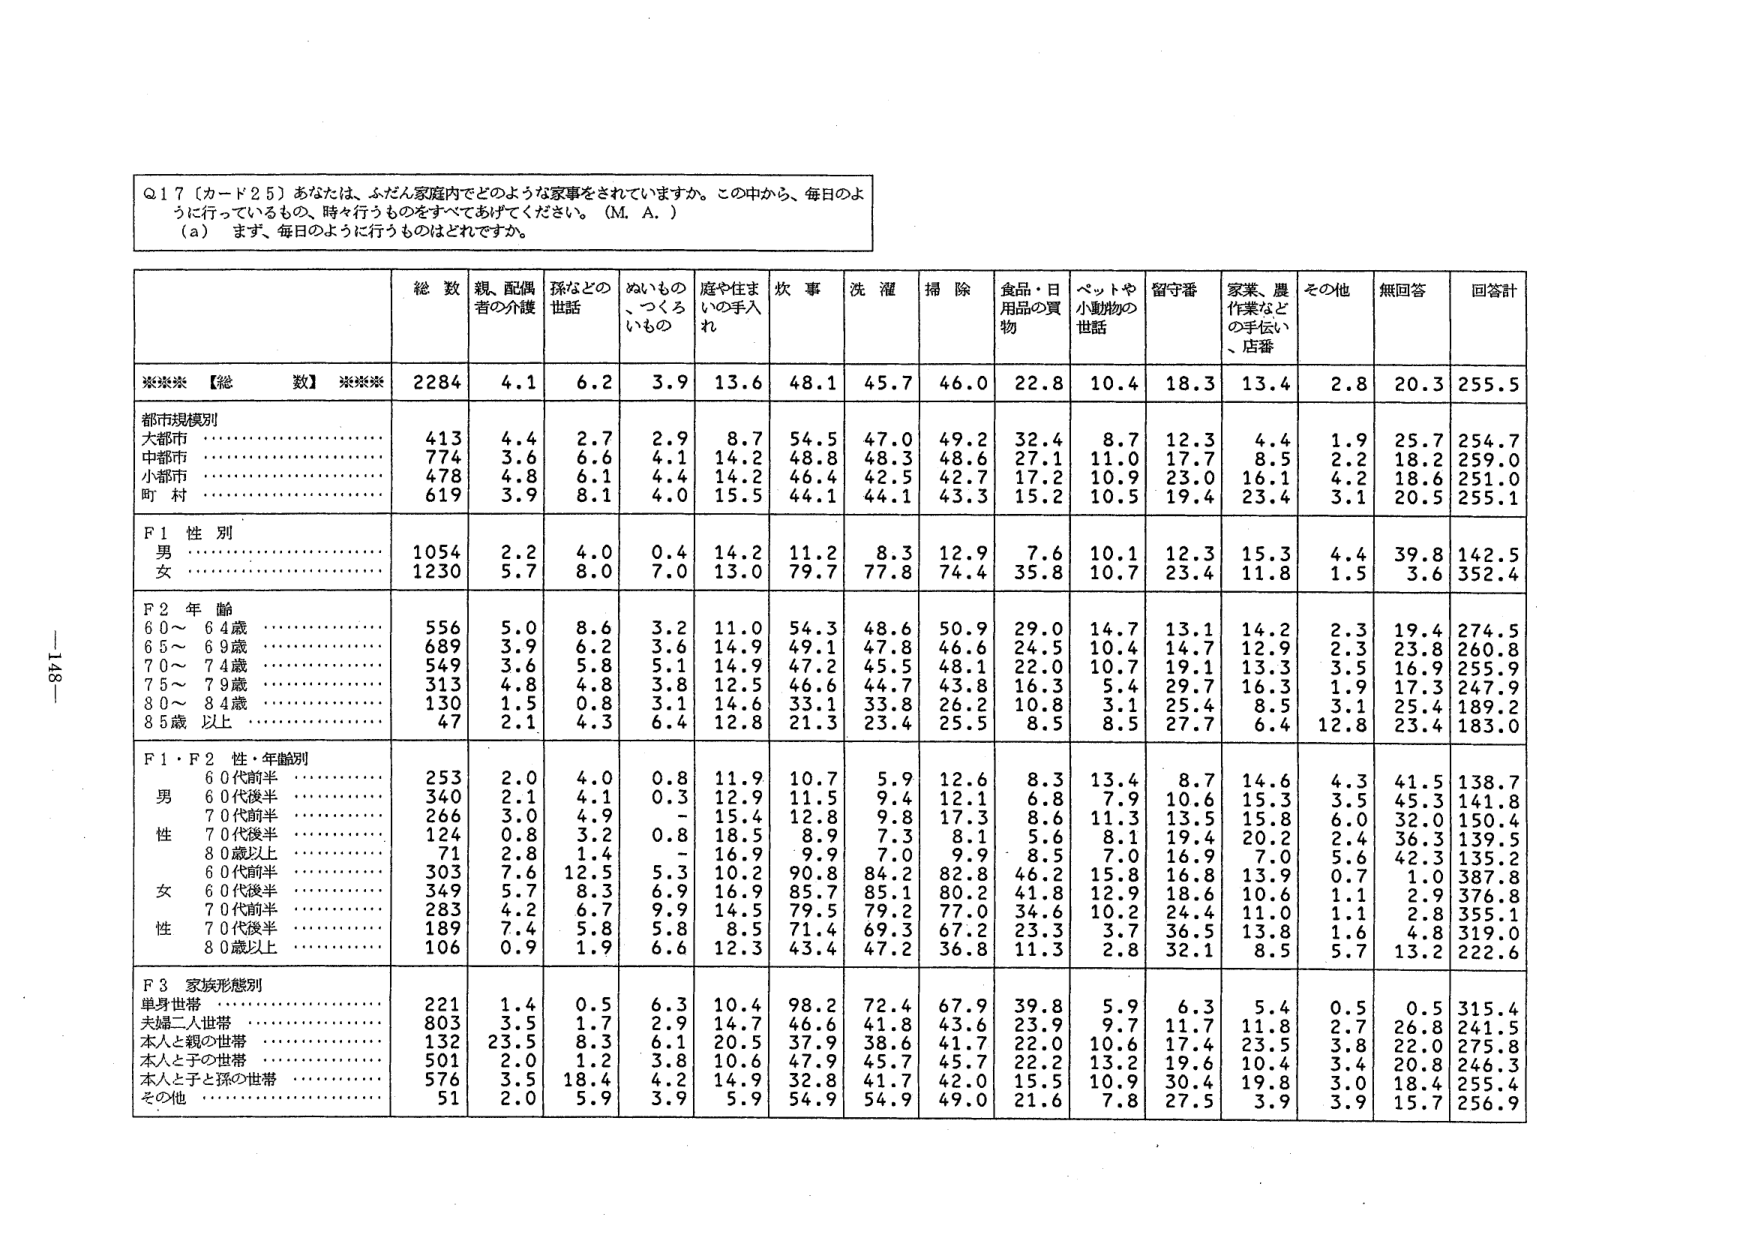
Q17 [カード25] あなたは、ふだん家庭内でどのような家事をされていますか。この中から、毎日のように行っているもの、時々行うものをすべてあげてください。（M.A.）
（a） まず、毎日のように行うものはどれですか。

総数 親、配偶者の介護 孫などの世話 ぬいもの、つくろいもの 庭や住まいの手入れ 炊事 洗濯 掃除 食品・日用品の買物 ペットや小動物の世話 留守番 家業、農作業などの手伝い、店番 その他 無回答 回答計

****【総数】**** 2284 4.1 6.2 3.9 13.6 48.1 45.7 46.0 22.8 10.4 18.3 13.4 2.8 20.3 255.5

都市規模別
大都市 413 4.4 2.7 2.9 8.7 54.5 47.0 49.2 32.4 8.7 12.3 4.4 1.9 25.7 254.7
中都市 774 3.6 6.6 4.1 14.2 48.8 48.3 48.6 27.1 11.0 17.7 8.5 2.2 18.2 259.0
小都市 478 4.8 6.1 4.4 14.2 46.4 42.5 42.7 17.2 10.9 23.0 16.1 4.2 18.6 251.0
町村 619 3.9 8.1 4.0 15.5 44.1 44.1 43.3 15.2 10.5 19.4 23.4 3.1 20.5 255.1

F1 性別
男 1054 2.2 4.0 0.4 14.2 11.2 8.3 12.9 7.6 10.1 12.3 15.3 4.4 39.8 142.5
女 1230 5.7 8.0 7.0 13.0 79.7 77.8 74.4 35.8 10.7 23.4 11.8 1.5 3.6 352.4

F2 年齢
60～64歳 556 5.0 8.6 3.2 11.0 54.3 48.6 50.9 29.0 14.7 13.1 14.2 2.3 19.4 274.5
65～69歳 689 3.9 6.2 3.6 14.9 49.1 47.8 46.6 24.5 10.4 14.7 12.9 2.3 23.8 260.8
70～74歳 549 3.6 5.8 5.1 14.9 47.2 45.5 48.1 22.0 10.7 19.1 13.3 3.5 16.9 255.9
75～79歳 313 4.8 4.8 3.8 12.5 46.6 44.7 43.8 16.3 5.4 29.7 16.3 1.9 17.3 247.9
80～84歳 130 1.5 0.8 3.1 14.6 33.1 33.8 26.2 10.8 3.1 25.4 8.5 3.1 25.4 189.2
85歳以上 47 2.1 4.3 6.4 12.8 21.3 23.4 25.5 8.5 8.5 27.7 6.4 12.8 23.4 183.0

F1・F2 性・年齢別
60代前半 253 2.0 4.0 0.8 11.9 10.7 5.9 12.6 8.3 13.4 8.7 14.6 4.3 41.5 138.7
男 60代後半 340 2.1 4.1 0.3 12.9 11.5 9.4 12.1 6.8 7.9 10.6 15.3 3.5 45.3 141.8
70代前半 266 3.0 4.9 - 15.4 12.8 9.8 17.3 8.6 11.3 13.5 15.8 6.0 32.0 150.4
性 70代後半 124 0.8 3.2 0.8 18.5 8.9 7.3 8.1 5.6 8.1 19.4 20.2 2.4 36.3 139.5
80歳以上 71 2.8 1.4 - 16.9 9.9 7.0 9.9 8.5 7.0 16.9 7.0 5.6 42.3 135.2
女 60代前半 303 7.6 12.5 5.3 10.2 90.8 84.2 82.8 46.2 15.8 16.8 13.9 0.7 1.0 387.8
60代後半 349 5.7 8.3 6.9 16.9 85.7 85.1 80.2 41.8 12.9 18.6 10.6 1.1 2.9 376.8
70代前半 283 4.2 6.7 9.9 14.5 79.5 79.2 77.0 34.6 10.2 24.4 11.0 1.1 2.8 355.1
性 70代後半 189 7.4 5.8 5.8 8.5 71.4 69.3 67.2 23.3 3.7 36.5 13.8 1.6 4.8 319.0
80歳以上 106 0.9 1.9 6.6 12.3 43.4 47.2 36.8 11.3 2.8 32.1 8.5 5.7 13.2 222.6

F3 家族形態別
単身世帯 221 1.4 0.5 6.3 10.4 98.2 72.4 67.9 39.8 5.9 6.3 5.4 0.5 0.5 315.4
夫婦二人世帯 803 3.5 1.7 2.9 14.7 46.6 41.8 43.6 23.9 9.7 11.7 11.8 2.7 26.8 241.5
本人と親の世帯 132 23.5 8.3 6.1 20.5 37.9 38.6 41.7 22.0 10.6 17.4 23.5 3.8 22.0 275.8
本人と子の世帯 501 2.0 1.2 3.8 10.6 47.9 45.7 45.7 22.2 13.2 19.6 10.4 3.4 20.8 246.3
本人と子と孫の世帯 576 3.5 18.4 4.2 14.9 32.8 41.7 42.0 15.5 10.9 30.4 19.8 3.0 18.4 255.4
その他 51 2.0 5.9 3.9 5.9 54.9 54.9 49.0 21.6 7.8 27.5 3.9 3.9 15.7 256.9

—148—